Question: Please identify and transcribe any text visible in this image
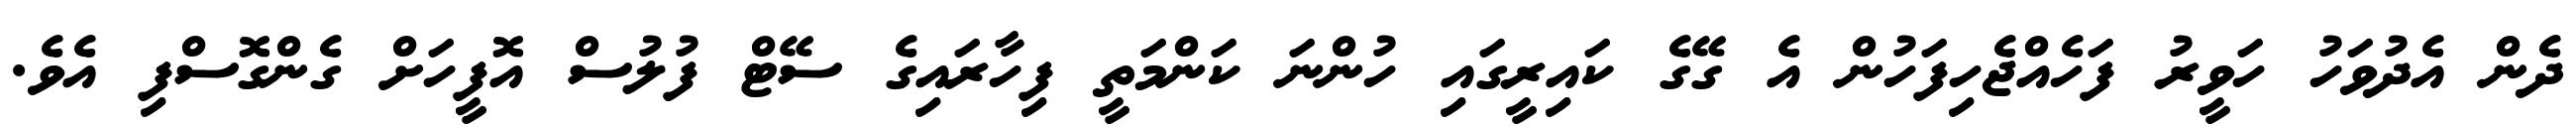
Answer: ދެން އެދުވަހު ހަވީރު ފަހެއްޖެހިފަހުން އެ ގޭގެ ކައިރީގައި ހުންނަ ކަންމަތީ ފިހާރައިގެ ސޭޓް ފުލުސް އޮފީހަށް ގެންގޮސްފި އެވެ.